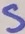
Text: S